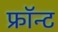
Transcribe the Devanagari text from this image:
फ्रॉन्ट